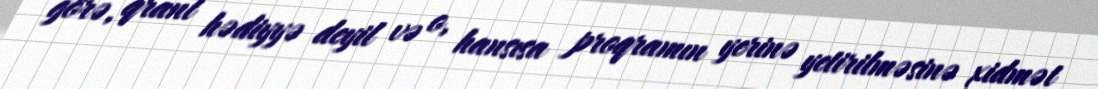
görə, qrant hədiyyə deyil və o, hansısa proqramın yerinə yetirilməsinə xidmət